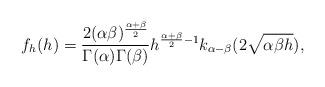
LaTeX: \begin{align*}f_{h}(h)= \frac{2(\alpha\beta)^{\frac{\alpha+\beta}{2}}}{\Gamma(\alpha)\Gamma(\beta)}h^{\frac{\alpha+\beta}{2}-1}k_{\alpha-\beta}(2\sqrt{\alpha\beta h}), \end{align*}